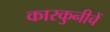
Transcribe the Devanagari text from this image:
कारकुनीचें